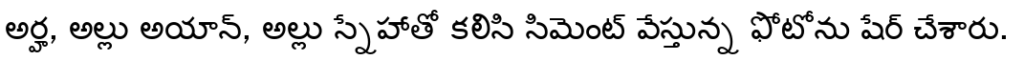
అర్హ, అల్లు అయాన్, అల్లు స్నేహాతో కలిసి సిమెంట్ వేస్తున్న ఫోటోను షేర్ చేశారు.